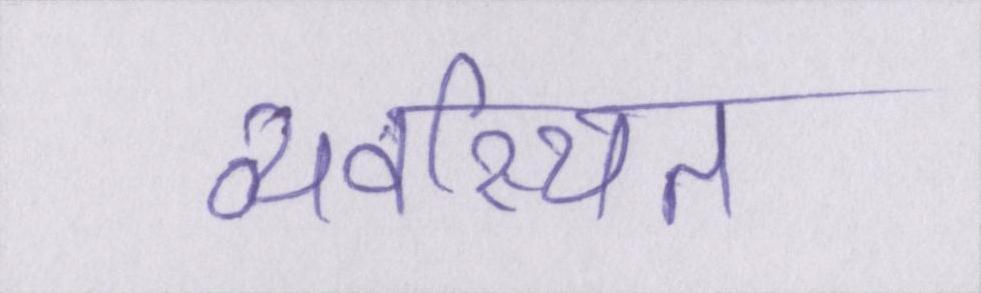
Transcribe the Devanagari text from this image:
व्यवस्थित